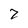
Character: 2